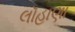
લૉહાણા